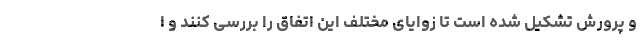
و پرورش تشکیل شده است تا زوایای مختلف این اتفاق را بررسی کنند و ا